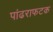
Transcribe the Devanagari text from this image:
पांढराफटक